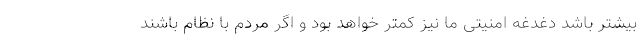
بیشتر باشد دغدغه امنیتی ما نیز کمتر خواهد بود و اگر مردم با نظام باشند